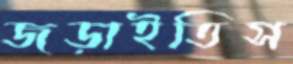
জড়াইতিস